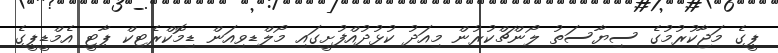
ޕީގެ މަޖާކުރުމުގެ ސިޔާސަތު ލޯންޗްކުރުން މިއަދު ކުޅުދުއްފުށީގައި މޯލްޑވިއަން ޑިމޮކްރެޓިކް ޕާޓީ އެމްޑީޕީގެ